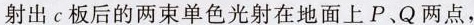
射出c板后的两束单色光射在地面上P、Q两点，